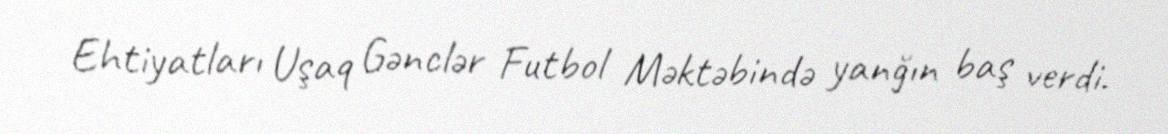
Ehtiyatları Uşaq Gənclər Futbol Məktəbində yanğın baş verdi.